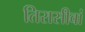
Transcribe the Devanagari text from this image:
तिरासीवां